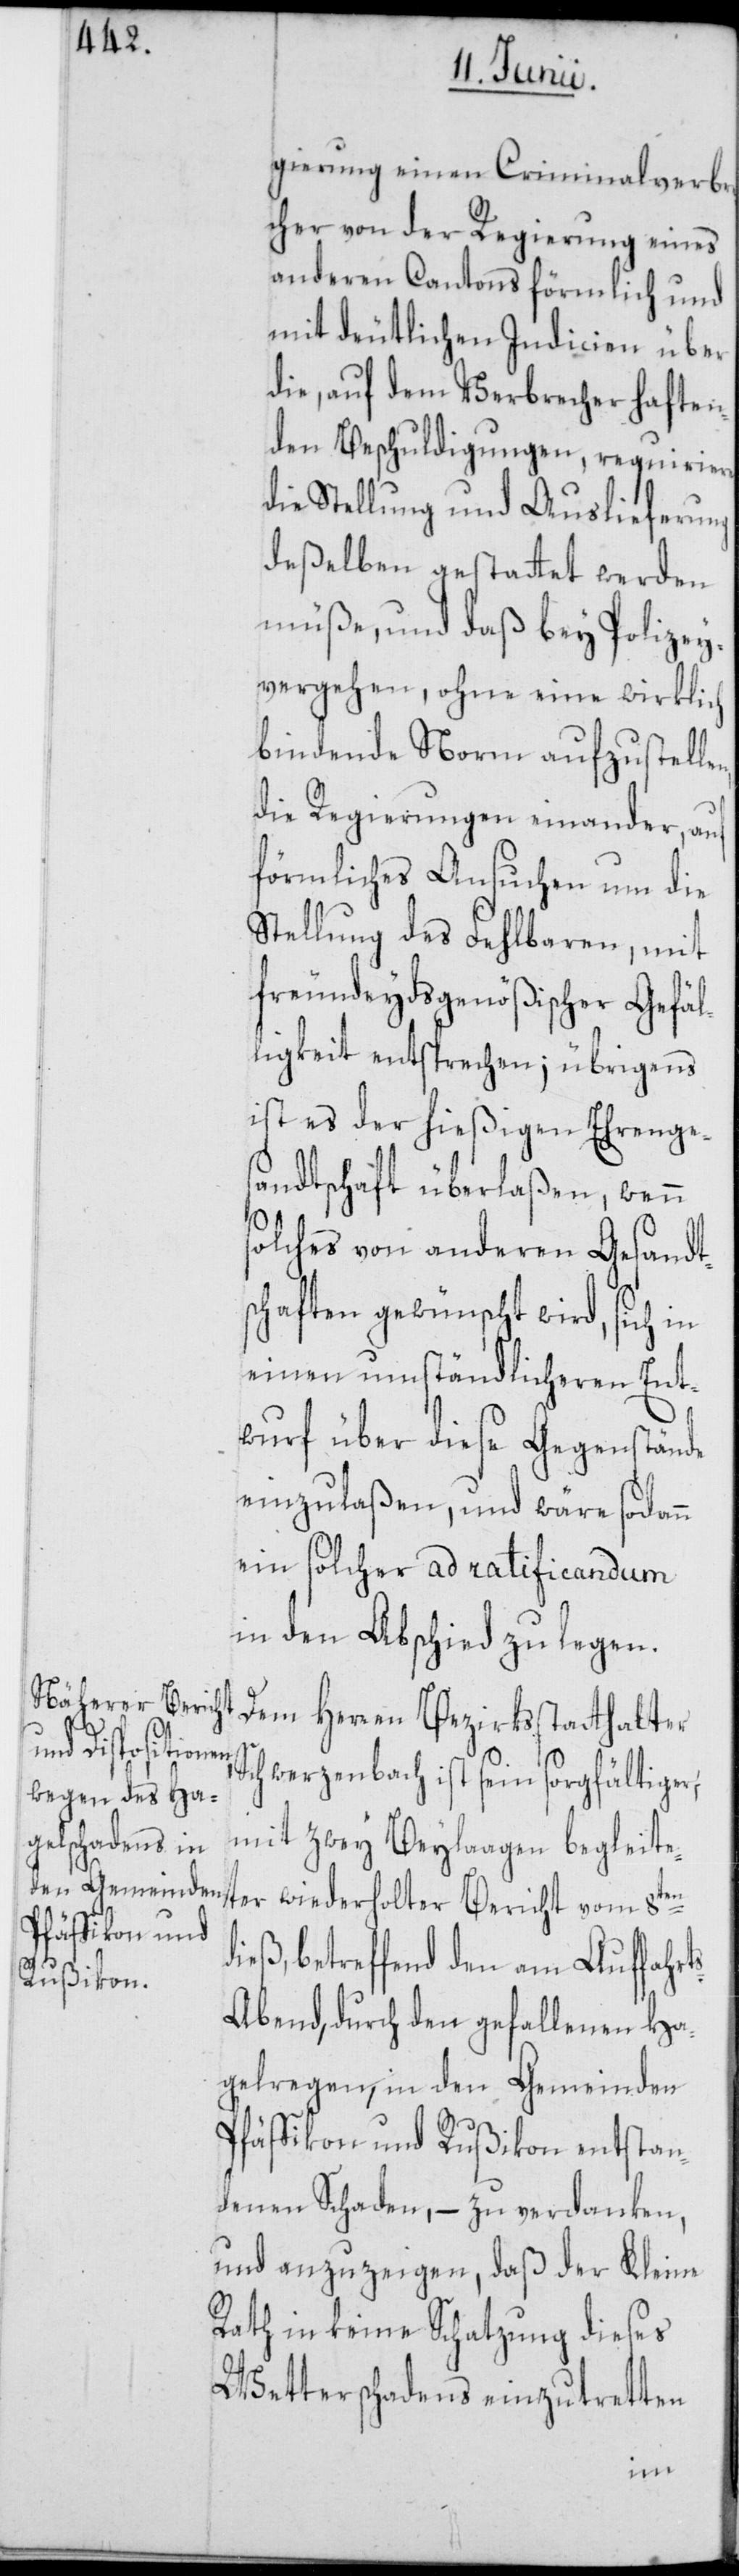
gierung einen Criminalverbre¬
cher von der Regierung eines
anderen Cantons förmlich und
mit deutlichen Indicien über
die, auf dem Verbrecher haften¬
den Beschuldigungen, requiriere,
die Stellung und Auslieferung
deßelben gestattet werden
müße, und daß bey Polizey¬
vergehen, ohne eine wirkli¬
bindende Norm aufzustell¬
die Regierungen einander, auf
förmliches Ansuchen um die
Stellung des Fehlbaren, mit
freundeydsgenößischer Gefäl¬
ligkeit entsprechen; übrigens
ist es der hießigen Ehrenge¬
sandtschaft überlaßen, wenn
solches von anderen Gesandt¬
schaften gewünscht wird, sich in
einen umständlicheren Ent¬
wurf über diese Gegenstände
einzulaßen, und wäre sodann
ein solcher ad ratificandum
in den Abschied zu legen.
Dem Herren Bezirksstatthalter
Schwerzenbach ist sein sorgfältiger,
mit zwey Beylaagen begleite¬
ter wiederholter Bericht vom 8ten
dieß, betreffend den am Auffahrt¬
s-Abend, durch den gefallenen Ha¬
gelregen, in den Gemeinden
Pfäffikon und Rußikon entstan¬
denen Schaden, – zu verdanken,
und anzuzeigen, daß der Kleine
Rath in keine Schatzung dieses
Wetterschadens einzutretten
en,